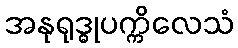
အနုရုဒ္ဓုပက္ကိလေသံ